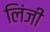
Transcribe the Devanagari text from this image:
लिंजी